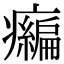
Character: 𤻶